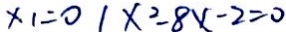
x _ { 1 } = 0 1 x ^ { 2 } - 8 x - 2 = 0